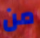
من